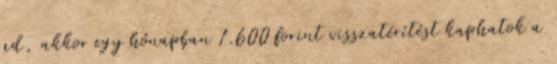
ad, akkor egy hónapban 1.600 forint visszatérítést kaphatok a